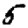
Digit: 5